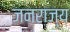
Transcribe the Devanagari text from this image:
जनराज्य